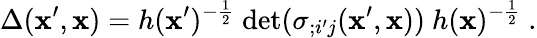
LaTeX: \Delta(\mathbf{x}^{\prime},\mathbf{x})=h(\mathbf{x}^{\prime})^{-\frac{{1}}{{2}}}~\mathrm{{det}}(\sigma_{;i^{\prime}j}(\mathbf{x}^{\prime},\mathbf{x}))~h(\mathbf{x})^{-\frac{{1}}{{2}}}\ .